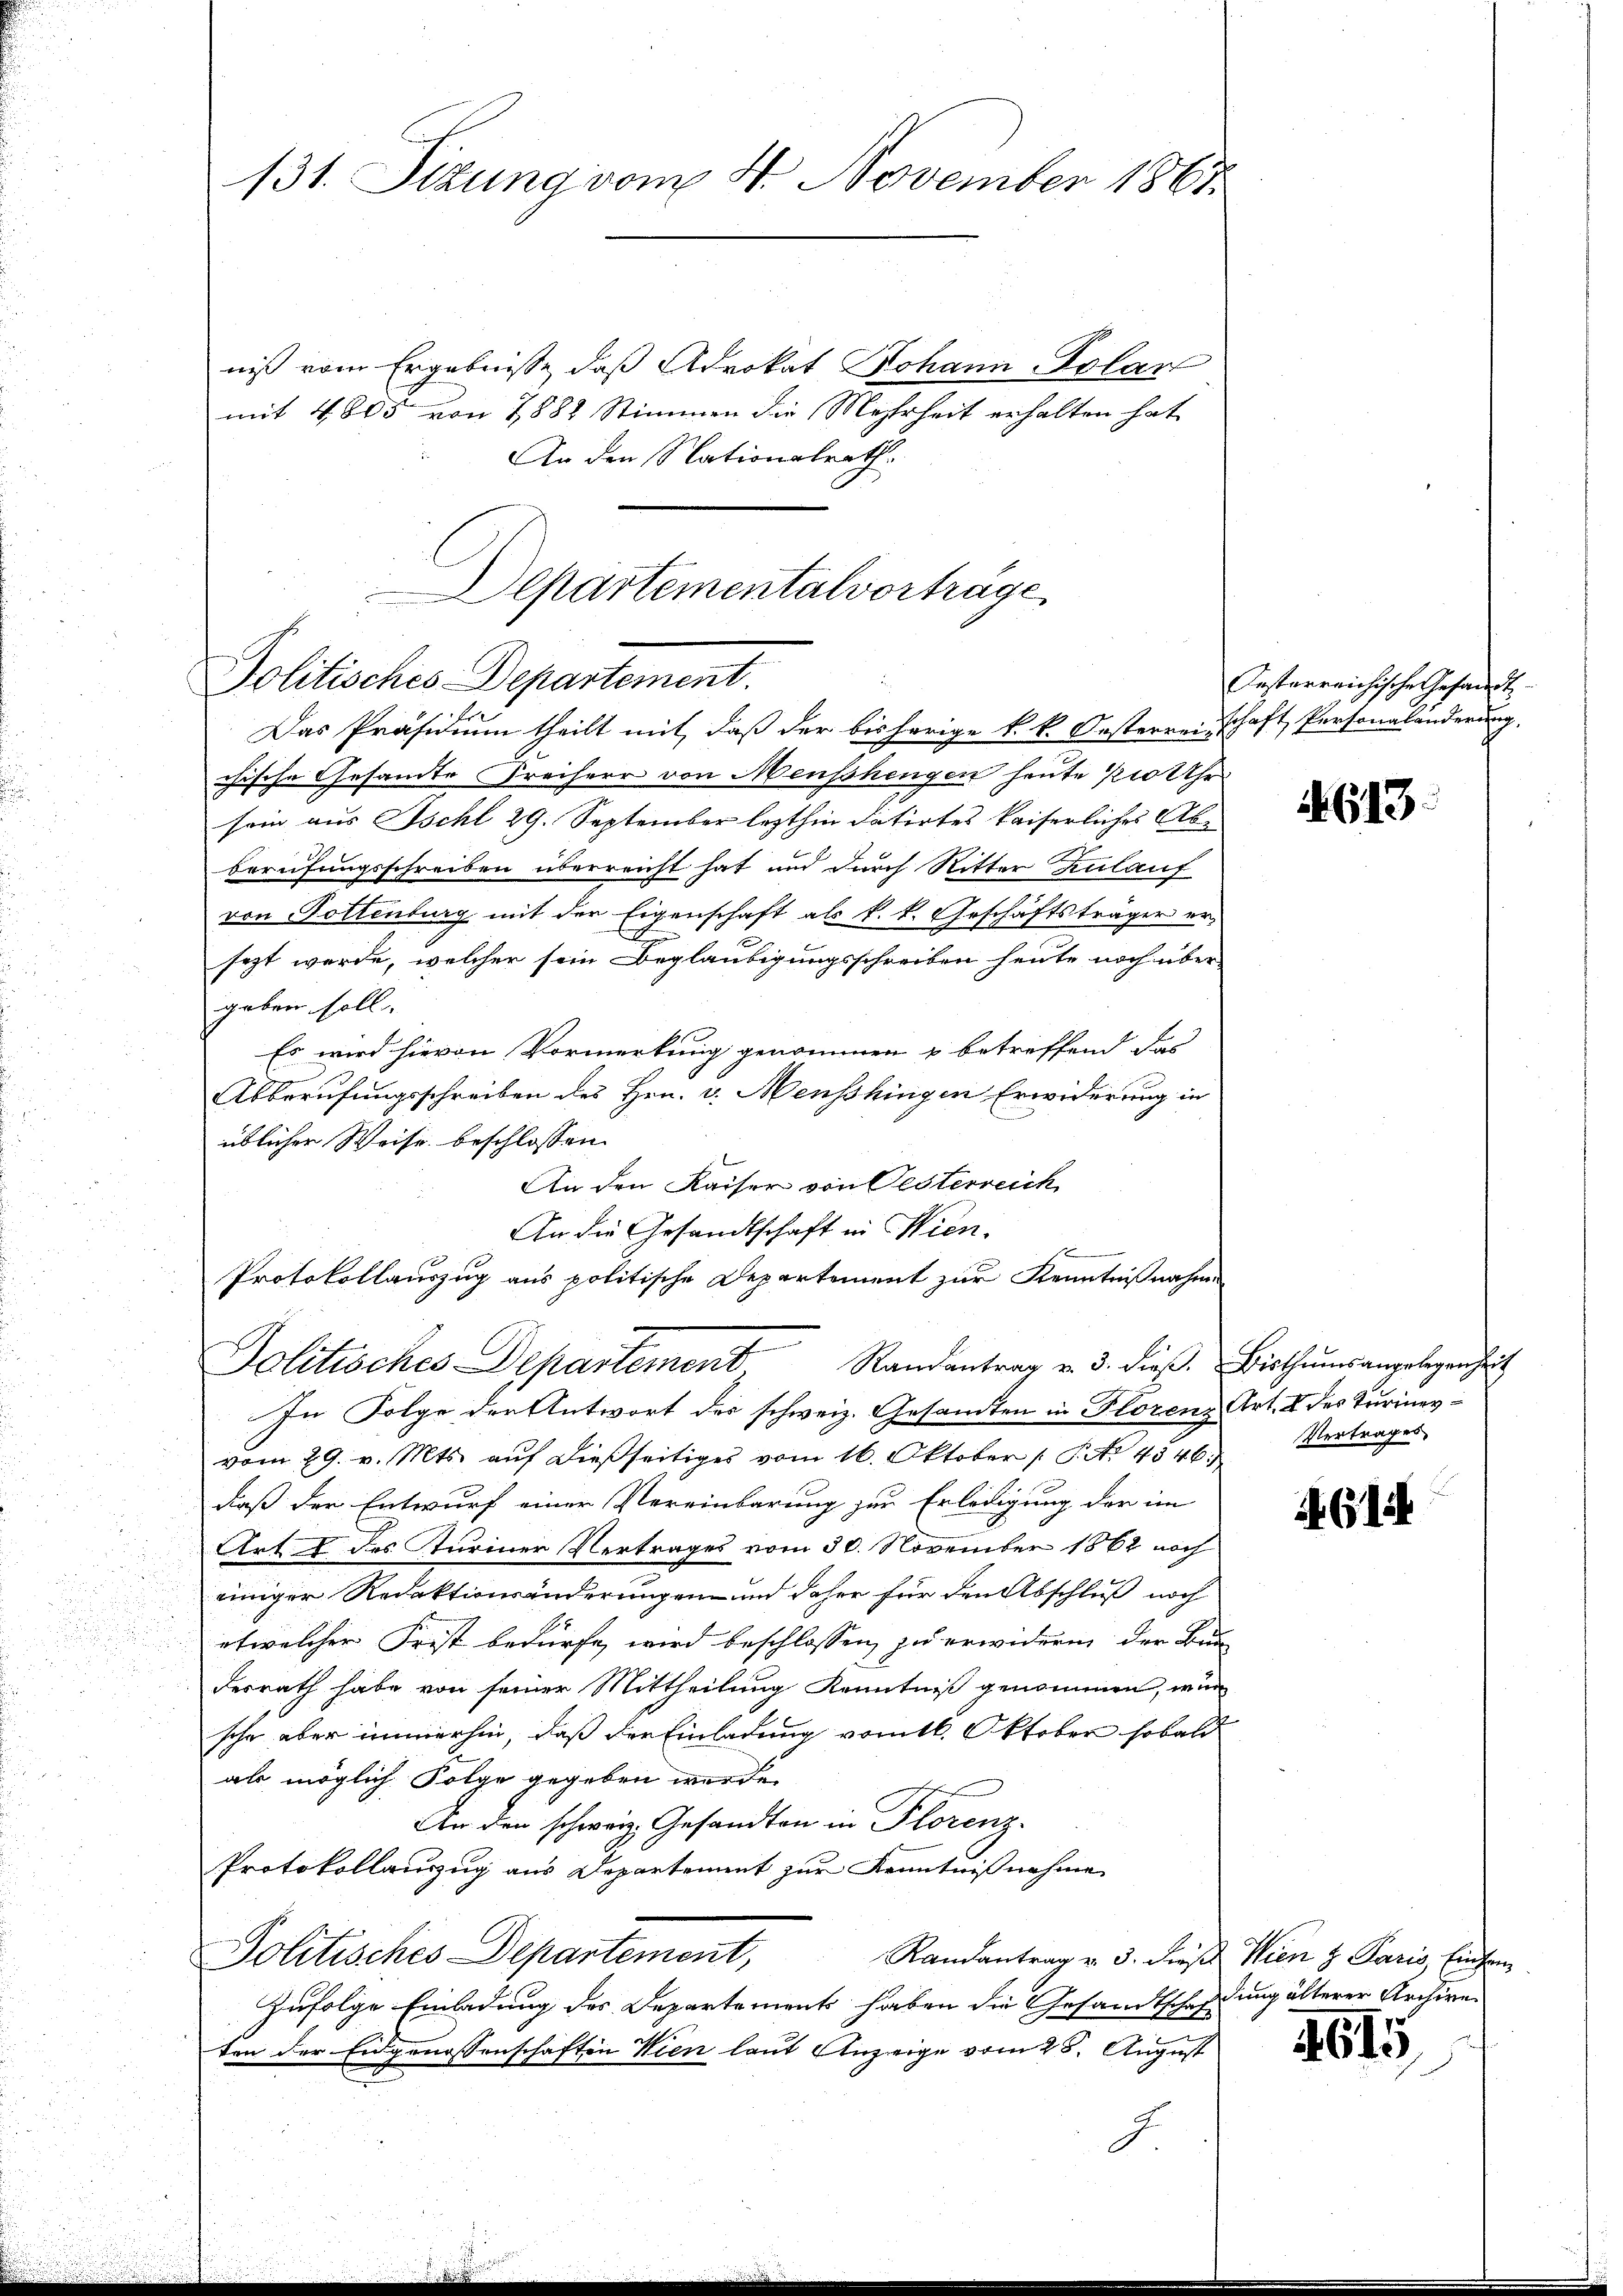
131. Sizung vom 4. November 1861

niß vom Ergebnisse, daß Advokat Johann Polar
mit 4805 von 1882 Stimmen die Mehrheit erhalten hat
An den Nationalrath.

Departementalvorträge
Politisches Departement.
n
Das Präsidium theilt mit, daß der bisherige k. k. Oesterreisschaft Personaländerung,

An die Gesandtschaft in Wien.
Protokollauszug aus politische Departement zur Kenntnißnahme
Politisches Departement Randantrag v. 3. dieß. Bisthums angelegenheit

chische Gesandte Freiherr von Menschengen heute ½ 10 Uhr
sein aus schl 29. September lezthin datirtes kaiserliches Abe
berufungsschreiben überreicht hat und durch Ritter Zulauf
von Gottenburg mit der Eigenschaft als k. k. Geschäftsträger erx
sezt werde, welcher sein Beglaubigungsschreiben heute noch über-
geben soll.
Es wird hievon Vormerkung genommen u betreffend das
Abberufungsschreiben des Hrn. v. Menschingen Erwiderung in
üblicher Weise beschlossen:
An den Kaiser von Gesterreich
In Folge der Antwort des schweiz. Gesandten in Florenz Art. I des Turinervom 29. v. Mts. auf dießseitiges vom 16. Oktober (S. 4546.
daß der Entwurf einer Vereinbarung zur Erledigung der im
Art & des Turiner Vertrages vom 30. November 1862 noch
einiger Redaktionsänderungen und daher für den Abschluß noch
etwelcher Frist bedürfe, wird beschlossen zu erwidern der Bun
desrath habe von seiner Mittheilung Kenntniß genommen, wur
sche aber immerhin, daß der Einladung vom 16. Oktober sobald
als möglich Folge gegeben werde.
An den schweiz. Gesandten in Florenz-
Protokollauszug aus Departement zur Kenntnißnahme
Politisches Departement,
Randantrag v. 3. dieses Wien z. Paris, Einfa
zufolge Einladung des Departement haben die Gesandtscheidung älterer Archiveten der Eidgenossenschaften Wien laut Anzeige vom 25. August
J

Instarreichische Gesandt

613

Vertrages

AGli

4615